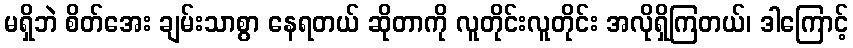
မရှိဘဲ စိတ်အေး ချမ်းသာစွာ နေရတယ် ဆိုတာကို လူတိုင်းလူတိုင်း အလိုရှိကြတယ်၊ ဒါကြောင့်